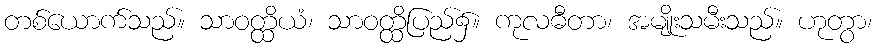
တစ်ယောက်သည်။ သာဝတ္ထိယံ၊ သာဝတ္ထိပြည်၌။ ကုလဓီတာ၊ အမျိုးသမီးသည်။ ဟုတွာ၊